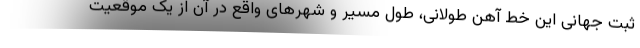
ثبت جهانی این خط آهن طولانی، طول مسیر و شهرهای واقع در آن از یک موقعیت